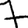
Digit: 7